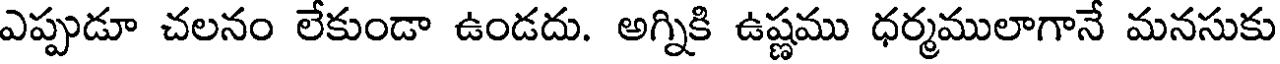
ఎప్పుడూ చలనం లేకుండా ఉండదు. అగ్నికి ఉష్ణము ధర్మములాగానే మనసుకు